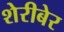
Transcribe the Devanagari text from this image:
शेरीबेर